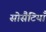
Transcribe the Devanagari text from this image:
सोसैटियाँ